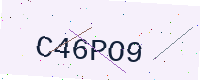
Text: C46PO9